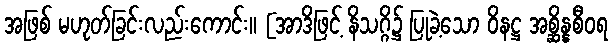
အဖြစ် မဟုတ်ခြင်းလည်းကောင်း။ [အာဒိဖြင့် နိသဂ္ဂိ၌ ပြုခဲ့သော ဝိနဋ္ဌ အစ္ဆိန္နစီဝရ